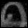
Digit: ၈